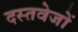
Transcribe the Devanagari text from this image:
दस्तवेजों